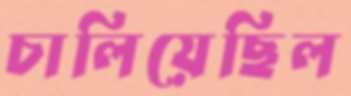
চালিয়েছিল